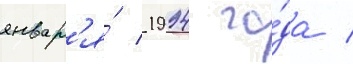
январ'я́ 1994 го́да /